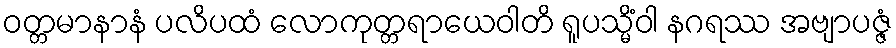
ဝတ္တမာနာနံ ပလိပထံ လောကုတ္တရာယေဝါတိ ရူပသ္မိံဝါ နဂရဿ အဗျာပဇ္ဇံ